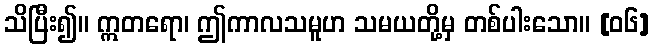
သိပြီး၍။ ဣတရော၊ ဤကာလသမူဟ သမယတို့မှ တစ်ပါးသော။ [၀၆]